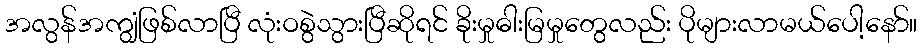
အလွန်အကျွံဖြစ်လာပြီ လုံးဝစွဲသွားပြီဆိုရင် ခိုးမှုဓါးမြမှုတွေလည်း ပိုများလာမယ်ပေါ့နော်။